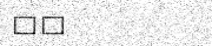
١٣